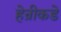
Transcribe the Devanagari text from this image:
हेन्रीकडे